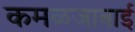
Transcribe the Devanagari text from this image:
कमळजाबाई